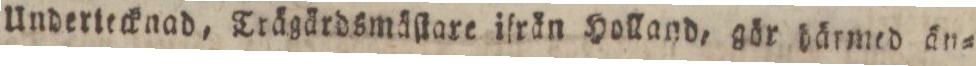
Undertecknad, Trägärdsmäſtare ifrån Holland, gör härmed än=